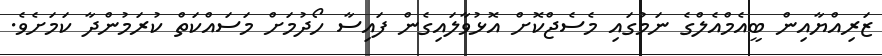
ޒަރިއްޔާއިން ބީއެމްއެލްގެ ނަމުގައި މެސެޖްކޮށް އޮޅުވާލައިގެން ފައިސާ ހޯދުމަށް މަސައްކަތް ކުރަމުންދާ ކަމަށެވެ.